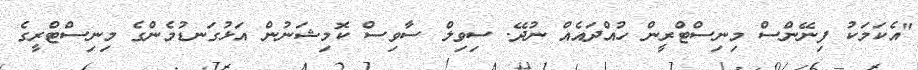
"އެކަމަކު ފިނޭންސް މިނިސްޓްރީން ހުއްދައެއް ނުދޭ. ސިވިލް ސާވިސް ކޮމިޝަނުން އަޅުގަނޑުމެންގެ މިނިސްޓްރީގެ